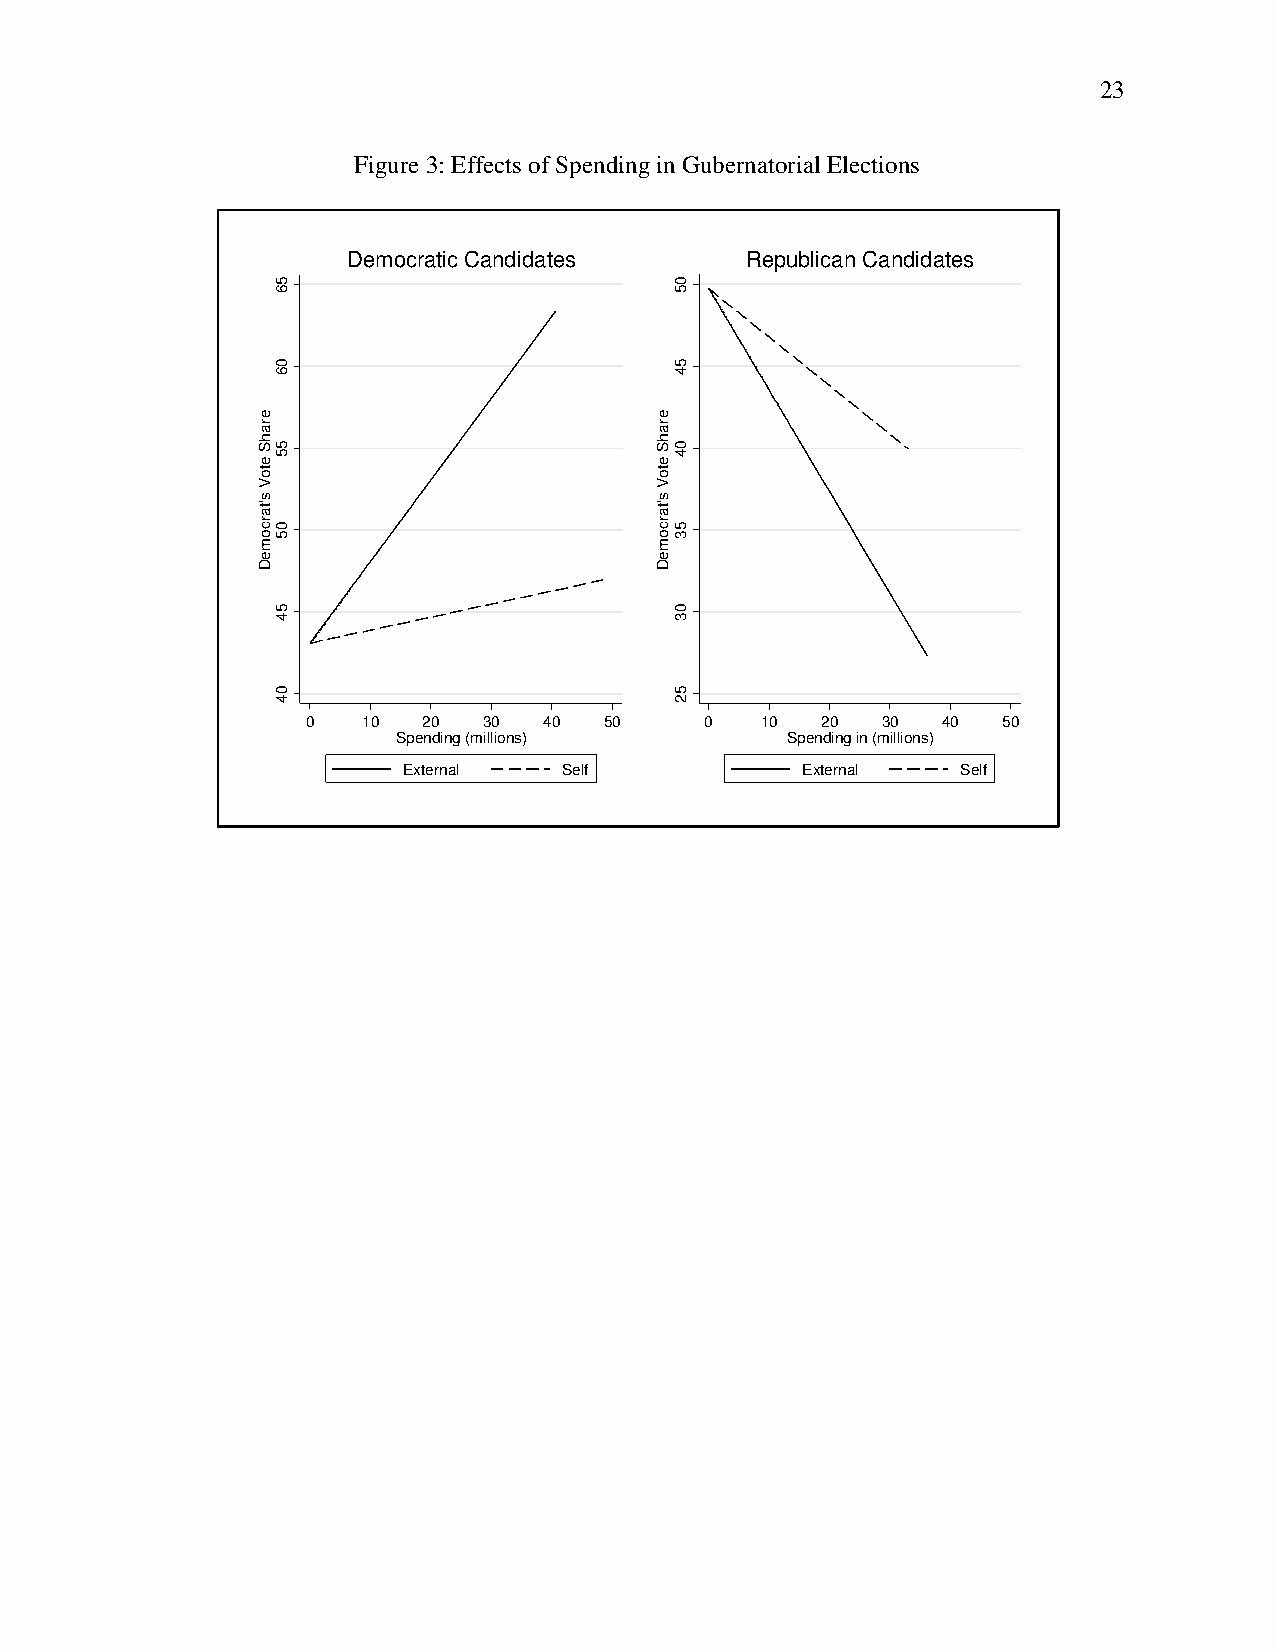
23
 Figure 3: Effects of Spending in Gubernatorial Elections
 Democratic Candidates     Republican Candidates
 0   10  20  30  40  50     0  10  20  30  40  50
 Spending (millions)       Spending in (millions)
 External  Self            External   Self
 erahS
 etoV
 s'tarcomeD
 56
 06
 55
 05
 54
 04
 erahS
 etoV
 s'tarcomeD
 05
 54
 04
 53
 03
 52